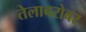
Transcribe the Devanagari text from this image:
तेलाबरोबर